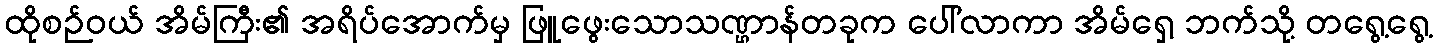
ထိုစဉ်ဝယ် အိမ်ကြီး၏ အရိပ်အောက်မှ ဖြူဖွေးသောသဏ္ဌာန်တခုက ပေါ်လာကာ အိမ်ရှေ့ ဘက်သို့ တရွေ့ရွေ့